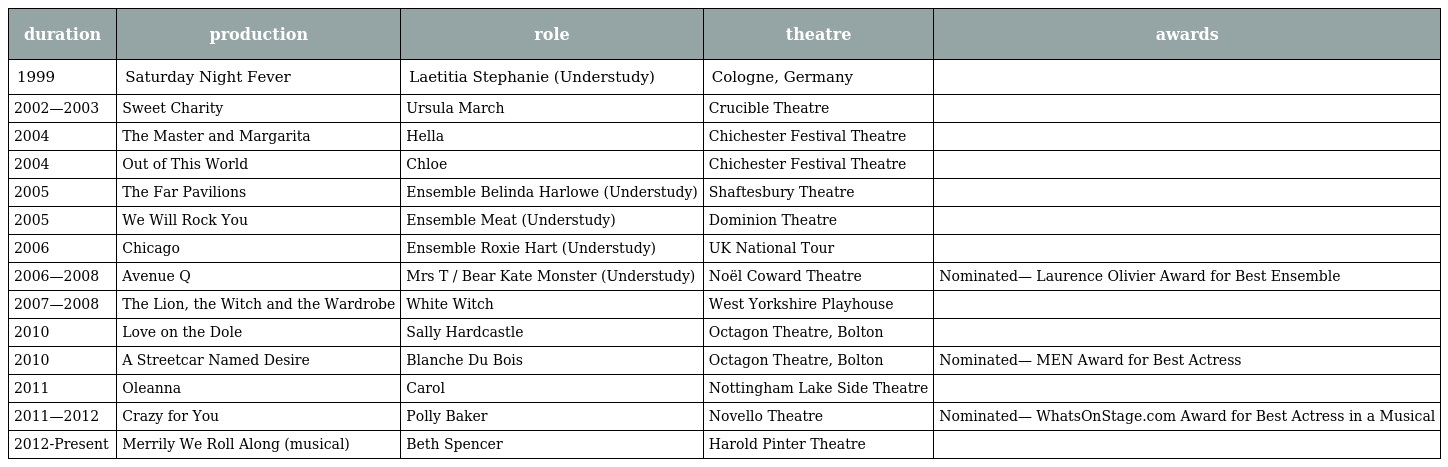
| duration | production | role | theatre | awards |
 | --- | --- | --- | --- | --- |
 | 1999 | Saturday Night Fever | Laetitia Stephanie (Understudy) | Cologne, Germany |  |
 | 2002—2003 | Sweet Charity | Ursula March | Crucible Theatre |  |
 | 2004 | The Master and Margarita | Hella | Chichester Festival Theatre |  |
 | 2004 | Out of This World | Chloe | Chichester Festival Theatre |  |
 | 2005 | The Far Pavilions | Ensemble Belinda Harlowe (Understudy) | Shaftesbury Theatre |  |
 | 2005 | We Will Rock You | Ensemble Meat (Understudy) | Dominion Theatre |  |
 | 2006 | Chicago | Ensemble Roxie Hart (Understudy) | UK National Tour |  |
 | 2006—2008 | Avenue Q | Mrs T / Bear Kate Monster (Understudy) | Noël Coward Theatre | Nominated— Laurence Olivier Award for Best Ensemble |
 | 2007—2008 | The Lion, the Witch and the Wardrobe | White Witch | West Yorkshire Playhouse |  |
 | 2010 | Love on the Dole | Sally Hardcastle | Octagon Theatre, Bolton |  |
 | 2010 | A Streetcar Named Desire | Blanche Du Bois | Octagon Theatre, Bolton | Nominated— MEN Award for Best Actress |
 | 2011 | Oleanna | Carol | Nottingham Lake Side Theatre |  |
 | 2011—2012 | Crazy for You | Polly Baker | Novello Theatre | Nominated— WhatsOnStage.com Award for Best Actress in a Musical |
 | 2012-Present | Merrily We Roll Along (musical) | Beth Spencer | Harold Pinter Theatre |  |